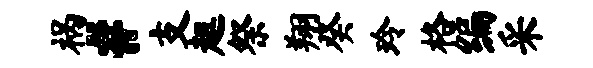
祸#支趄祭翔癸玲格编采